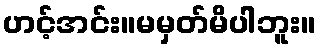
ဟင့်အင်း။မမှတ်မိပါဘူး။